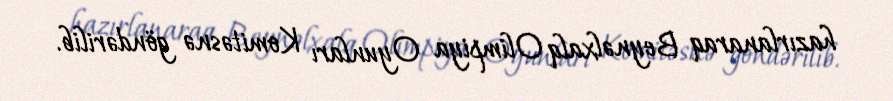
hazırlanaraq Beynəlxalq Olimpiya Oyunları Komitəsnə göndərilib.